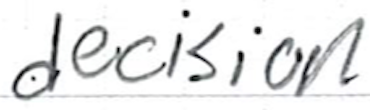
Text: decision
Cross-out: clean
Writing tool: ballpoint